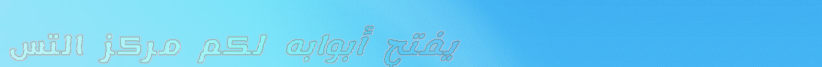
يفتح أبوابه لكم مركز التس